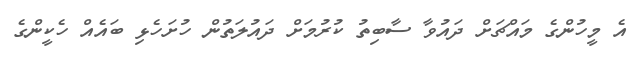
އެ މީހުންގެ މައްޗަށް ދައުވާ ސާބިތު ކުރުމަށް ދައުލަތުން ހުށަހެޅި ބައެއް ހެކީންގެ